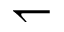
\leftharpoondown